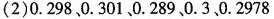
(2)0.298 0.301 0.289 0.30.2978